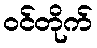
ဝင်တိုက်